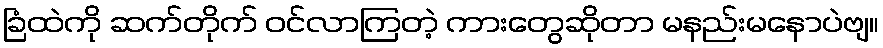
ခြံထဲကို ဆက်တိုက် ဝင်လာကြတဲ့ ကားတွေဆိုတာ မနည်းမနောပဲဗျ။